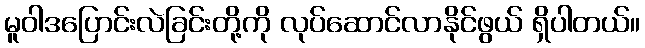
မူဝါဒပြောင်းလဲခြင်းတို့ကို လုပ်ဆောင်လာနိုင်ဖွယ် ရှိပါတယ်။